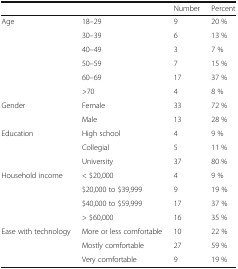
|  |  | Number | Percent |
 | --- | --- | --- | --- |
 | <ROWSPAN=6> Age | 18–29 | 9 | 20 % |
 | 30–39 | 6 | 13 % |
 | 40–49 | 3 | 7 % |
 | 50–59 | 7 | 15 % |
 | 60–69 | 17 | 37 % |
 | >70 | 4 | 8 % |
 | <ROWSPAN=2> Gender | Female | 33 | 72 % |
 | Male | 13 | 28 % |
 | <ROWSPAN=3> Education | High school | 4 | 9 % |
 | Collegial | 5 | 11 % |
 | University | 37 | 80 % |
 | <ROWSPAN=4> Household income | < $20,000 | 4 | 9 % |
 | $20,000 to $39,999 | 9 | 19 % |
 | $40,000 to $59,999 | 17 | 37 % |
 | > $60,000 | 16 | 35 % |
 | <ROWSPAN=3> Ease with technology | More or less comfortable | 10 | 22 % |
 | Mostly comfortable | 27 | 59 % |
 | Very comfortable | 9 | 19 % |